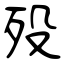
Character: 歿